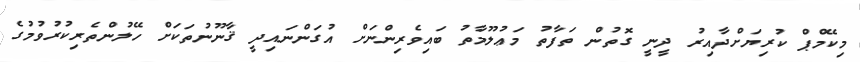
މިކޭމްޕް ކުރިޔަށްދާއިރު ދީނީ ގޮތުން ތަފާތު މަޢުލޫމާތު ބައިވެރިންނަށް އުގަންނައިދީ ޤާނޫނުތަކަށް ހޭލުންތެރިކުރުވުމުގެ